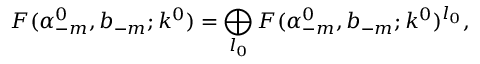
{ \cal F } ( \alpha _ { - m } ^ { 0 } , b _ { - m } ; k ^ { 0 } ) = \bigoplus _ { l _ { 0 } } { \cal F } ( \alpha _ { - m } ^ { 0 } , b _ { - m } ; k ^ { 0 } ) ^ { l _ { 0 } } ,